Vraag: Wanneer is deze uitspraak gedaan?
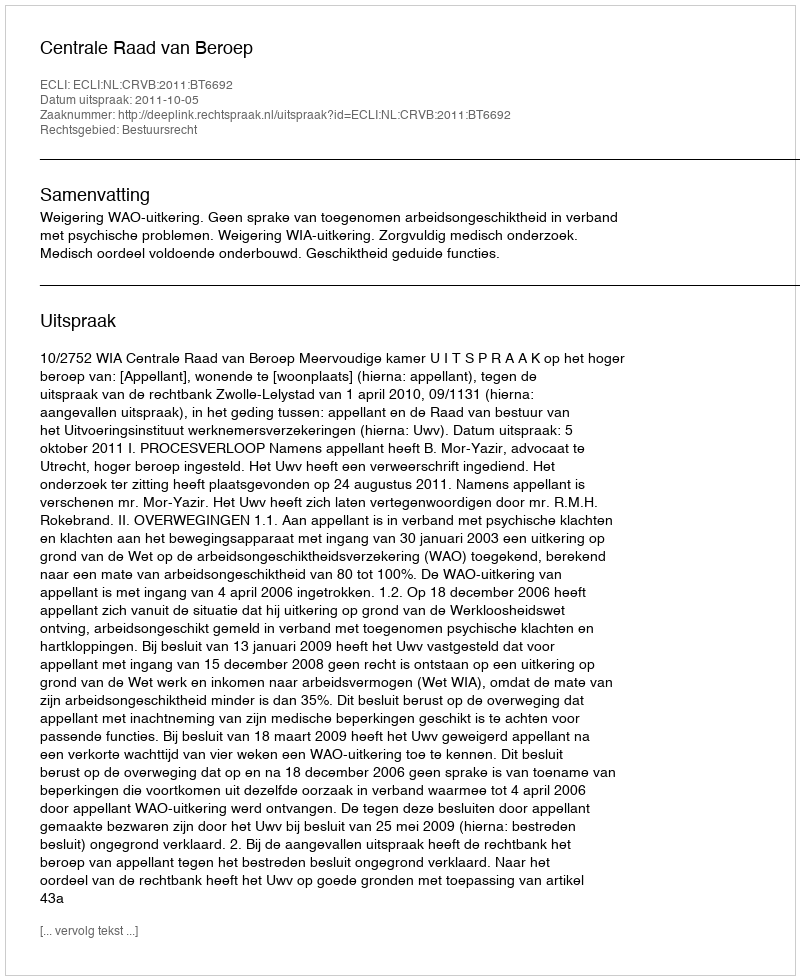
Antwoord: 2011-10-05